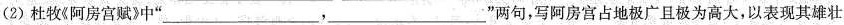
(2)杜牧《阿房宫赋》中”___，___”两句，写阿房宫占地极广且极为高大，以表现其雄壮